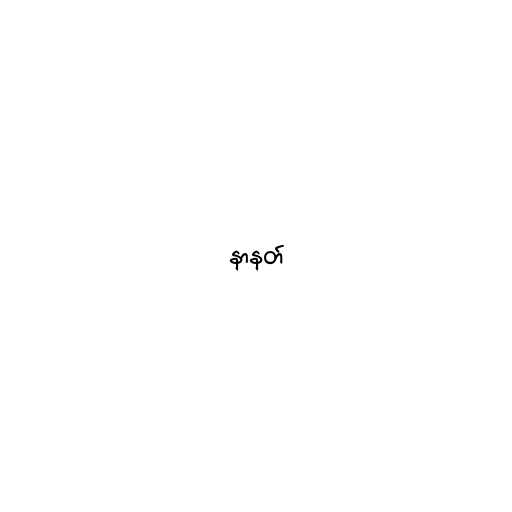
နာနတ်